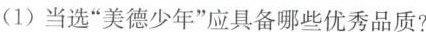
(1)当选”美德少年”应具备哪些优秀品质?